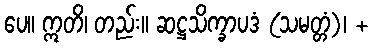
ပေ။ ဣတိ၊ တည်း။ ဆဋ္ဌသိက္ခာပဒံ (သမတ္တံ)၊ +